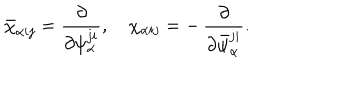
\bar { \chi } _ { \alpha i j } = \frac { \partial } { \partial \psi _ { \alpha } ^ { j i } } , ~ \chi _ { \alpha i j } = - \, \frac { \partial } { \partial \bar { \psi } _ { \alpha } ^ { j i } } .